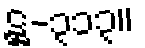
ဋ္ဌ-၃၁၃။